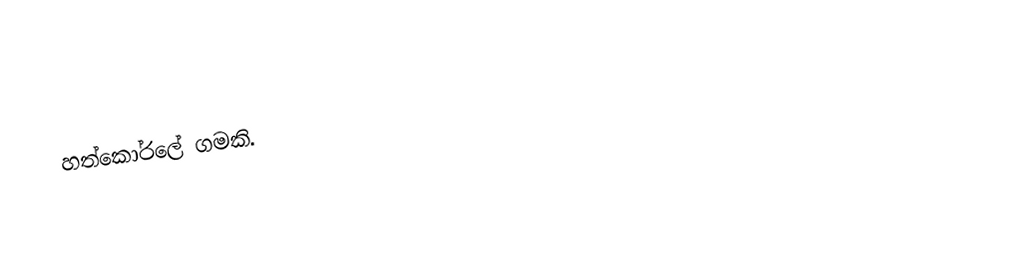
හත්කෝරලේ ගමකි.